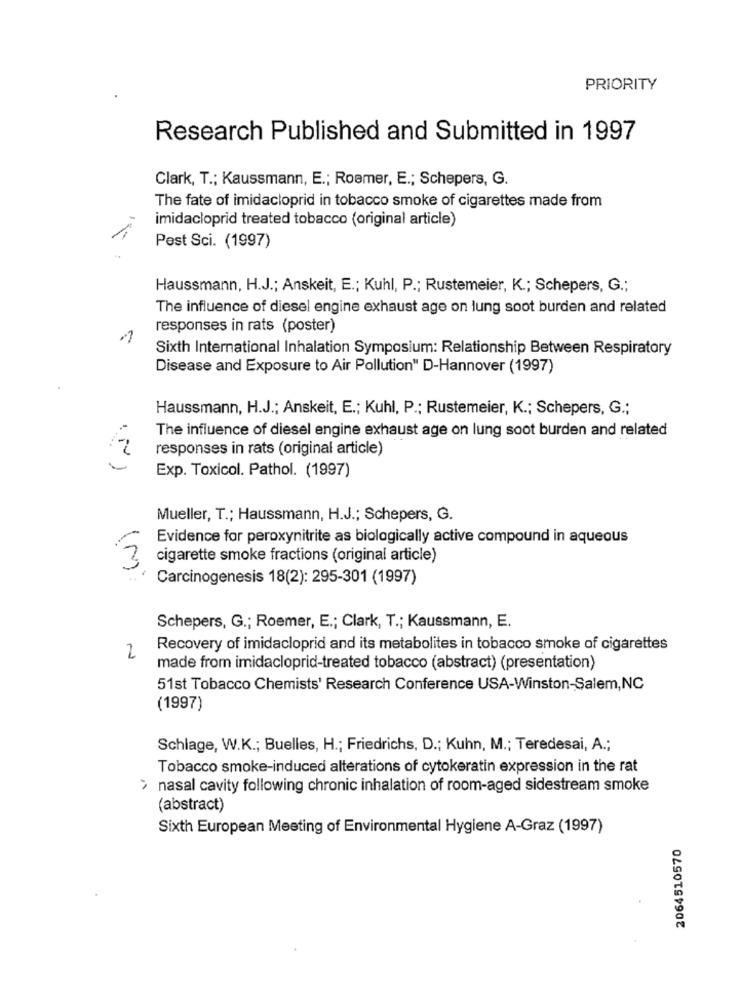
PRIORITY
Research Published and Submitted in 1997
Clark, T .; Kaussmann, E .; Roemer, E .; Schepers, G.
The fate of imidacloprid in tobacco smoke of cigarettes made from
imidacloprid treated tobacco (original article)
Pest Sci. (1997)
Haussmann, H.J .; Anskeit, E .; Kuhl, P .; Rustemeier, K .; Schepers, G .;
The influence of diesel engine exhaust age on lung soot burden and related
responses in rats (poster)
Sixth International Inhalation Symposium: Relationship Between Respiratory
Disease and Exposure to Air Pollution" D-Hannover (1997)
Haussmann, H.J .; Anskeit, E .; Kuhl, P .; Rustemeier, K .; Schepers, G .;
The influence of diesel engine exhaust age on lung soot burden and related
responses in rats (original article)
(N)
Exp. Toxicol. Pathol. (1997)
(N)
Mueller, T .; Haussmann, H.J .; Schepers, G.
Evidence for peroxynitrite as biologically active compound in aqueous
cigarette smoke fractions (original article)
Carcinogenesis 18(2): 295-301 (1997)
Schepers, G .; Roemer, E .; Clark, T .; Kaussmann, E.
Recovery of imidacloprid and its metabolites in tobacco smoke of cigarettes
2
made from imidacloprid-treated tobacco (abstract) (presentation)
51st Tobacco Chemists' Research Conference USA-Winston-Salem,NC
(1997)
Schlage, W.K .; Buelles, H .; Friedrichs, D .; Kuhn, M .; Teredesai, A .;
Tobacco smoke-induced alterations of cytokeratin expression in the rat
> nasal cavity following chronic inhalation of room-aged sidestream smoke
(abstract)
Sixth European Meeting of Environmental Hygiene A-Graz (1997)
2064510570